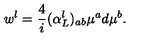
w ^ { l } = \frac { 4 } { i } ( \alpha _ { L } ^ { l } ) _ { a b } \mu ^ { a } d \mu ^ { b } .